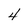
Character: 4